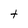
Character: t